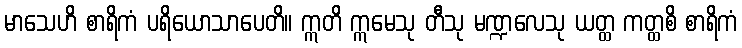
မာသေဟိ စာရိကံ ပရိယောသာပေတိ။ ဣတိ ဣမေသု တီသု မဏ္ဍလေသု ယတ္ထ ကတ္ထစိ စာရိကံ